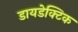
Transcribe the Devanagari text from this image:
डायडेक्टिक